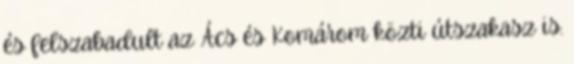
és felszabadult az Ács és Komárom közti útszakasz is.